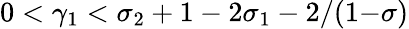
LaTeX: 0<\gamma_{1}<\sigma_{2}+1-2\sigma_{1}-2/(1{-}\sigma)